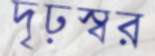
দৃঢ়স্বর